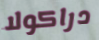
دراكولا